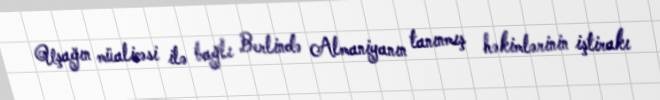
Uşağın müalicəsi ilə bağlı Berlində Almaniyanın tanınmış həkimlərinin iştirakı